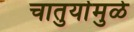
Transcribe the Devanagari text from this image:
चातुर्यामुळे